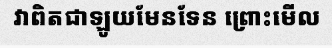
វាពិតជាឡូយមែនទែន ព្រោះមើល